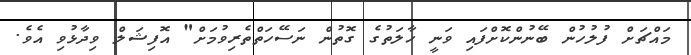
މައްޗަށް ފުލުހުން ބޭނުންކޮށްފައި ވަނީ ހާލަތުގެ ގޮތުން ނަސޭހަތްތެރިވުމަށް" އޮފިޝަލް ވިދާޅުވި އެވެ.